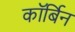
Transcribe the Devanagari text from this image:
कॉर्बिन